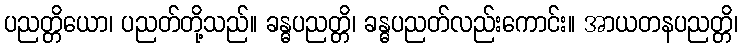
ပညတ္တိယော၊ ပညတ်တို့သည်။ ခန္ဓပညတ္တိ၊ ခန္ဓပညတ်လည်းကောင်း။ အာယတနပညတ္တိ၊